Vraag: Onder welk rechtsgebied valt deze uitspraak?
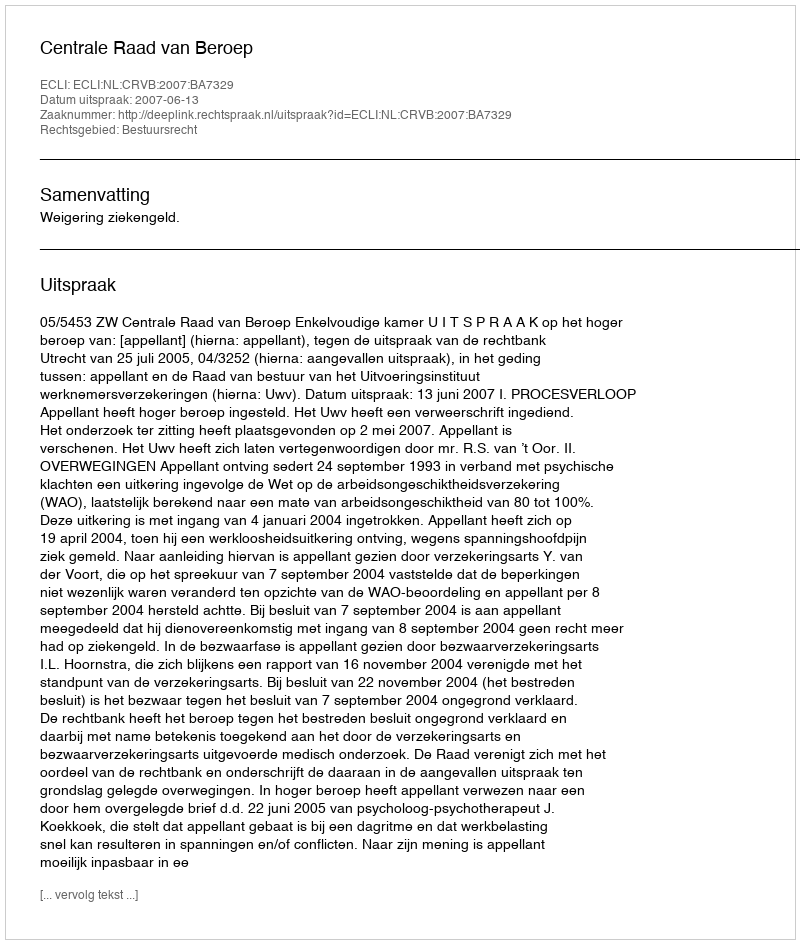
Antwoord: Bestuursrecht